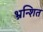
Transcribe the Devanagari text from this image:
भ्रन्शित